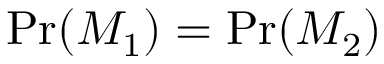
\operatorname* { P r } ( M _ { 1 } ) = \operatorname* { P r } ( M _ { 2 } )